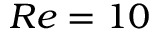
R e = 1 0